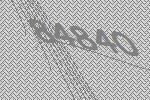
84840